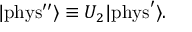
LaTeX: | \mathrm { { p h y s ^ { \prime \prime } } } \rangle \equiv U _ { 2 } | { \mathrm { p h y s } } ^ { \prime } \rangle .